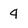
Character: 4